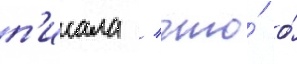
п'исала / что́ о́